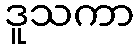
ဒူသကာ